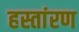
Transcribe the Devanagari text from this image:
हस्तांरण